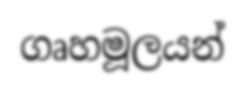
ගෘහමූලයන්